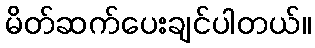
မိတ်ဆက်ပေးချင်ပါတယ်။